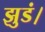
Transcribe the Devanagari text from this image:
झुडं।